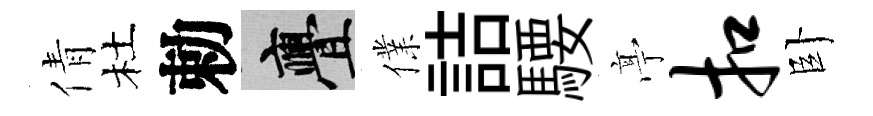
倩杜勅亹㒒詰騕𠅘扣卧